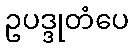
ဥပဒ္ဒုတံပေ